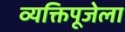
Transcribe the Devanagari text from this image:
व्यक्तिपूजेला